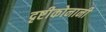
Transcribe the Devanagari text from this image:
दृष्टीकोनानी